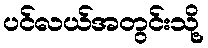
ပင်လယ်အတွင်းသို့